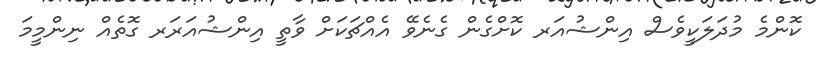
ކޮންމެ މުދަލަކީވެސް އިންޝުއަރ ކޮށްގެން ގެނެވޭ އެއްޗަކަށް ވާތީ އިންޝުއަރަރ ގޮތެއް ނިންމީމަ